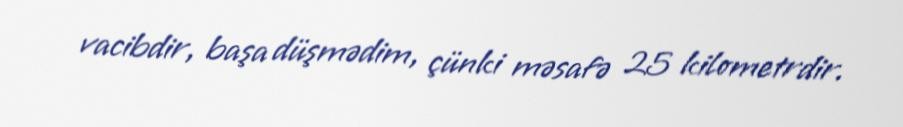
vacibdir, başa düşmədim, çünki məsafə 25 kilometrdir.